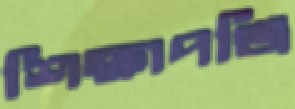
শিক্ষাপঞ্জি